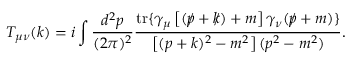
T _ { \mu \nu } ( k ) = i \int \frac { d ^ { 2 } p } { ( 2 \pi ) ^ { 2 } } \frac { \mathrm { t r } \{ \gamma _ { \mu } \left[ ( p \! \! \! \slash + k \! \! \! \slash ) + m \right] \gamma _ { \nu } ( p \! \! \! \slash + m ) \} } { \left[ ( p + k ) ^ { 2 } - m ^ { 2 } \right] ( p ^ { 2 } - m ^ { 2 } ) } .